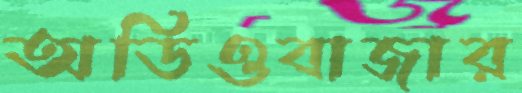
অডিওবাজার